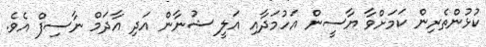
ކުޅުންތެރިން ކަމަށްވާ ޔާސީން އަހުމަދާއި އަލީ ޝުނާން އަދި އާދަމް ނާސިފް އެވެ.